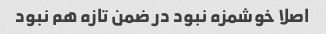
اصلا خوشمزه نبود در ضمن تازه هم نبود